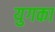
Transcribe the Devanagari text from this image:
युगका